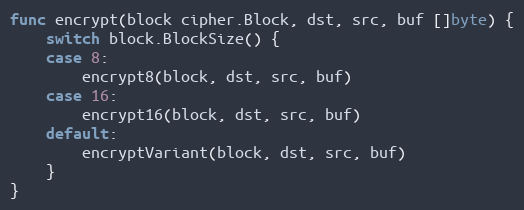
Language: Go
func encrypt(block cipher.Block, dst, src, buf []byte) {
	switch block.BlockSize() {
	case 8:
		encrypt8(block, dst, src, buf)
	case 16:
		encrypt16(block, dst, src, buf)
	default:
		encryptVariant(block, dst, src, buf)
	}
}